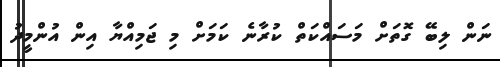
ނަން ލިބޭ ގޮތަށް މަސައްކަތް ކުރާނެ ކަމަށް މި ޖަމިއްޔާ އިން އުންމީދު